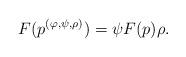
LaTeX: \begin{align*}F(p^{(\varphi,\psi,\rho)})=\psi F(p) \rho.\end{align*}